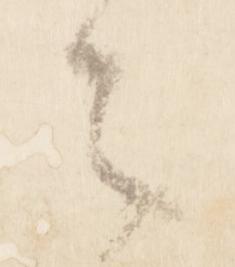
々